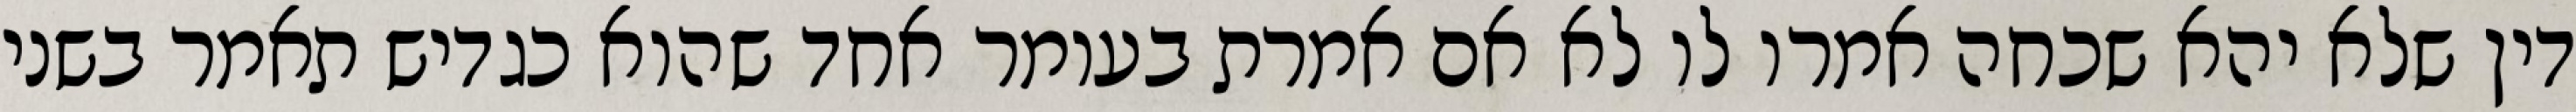
דין שלא יהא שכחה אמרו לו לא אם אמרת בעומר אחד שהוא כגדיש תאמר בשני